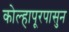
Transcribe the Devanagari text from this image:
कोल्हापूरपासुन